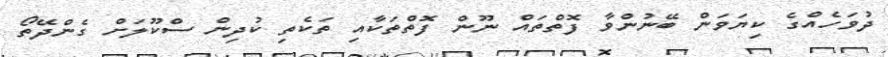
ދުވަހެއްގެ ކިޔަވަން ބޭނުންވާ ފޮތްތައް ނޫން ފޮތްތަކާއި ތަކެތި ކުދިން ސްކޫލަށް ގެންދޭތޯ